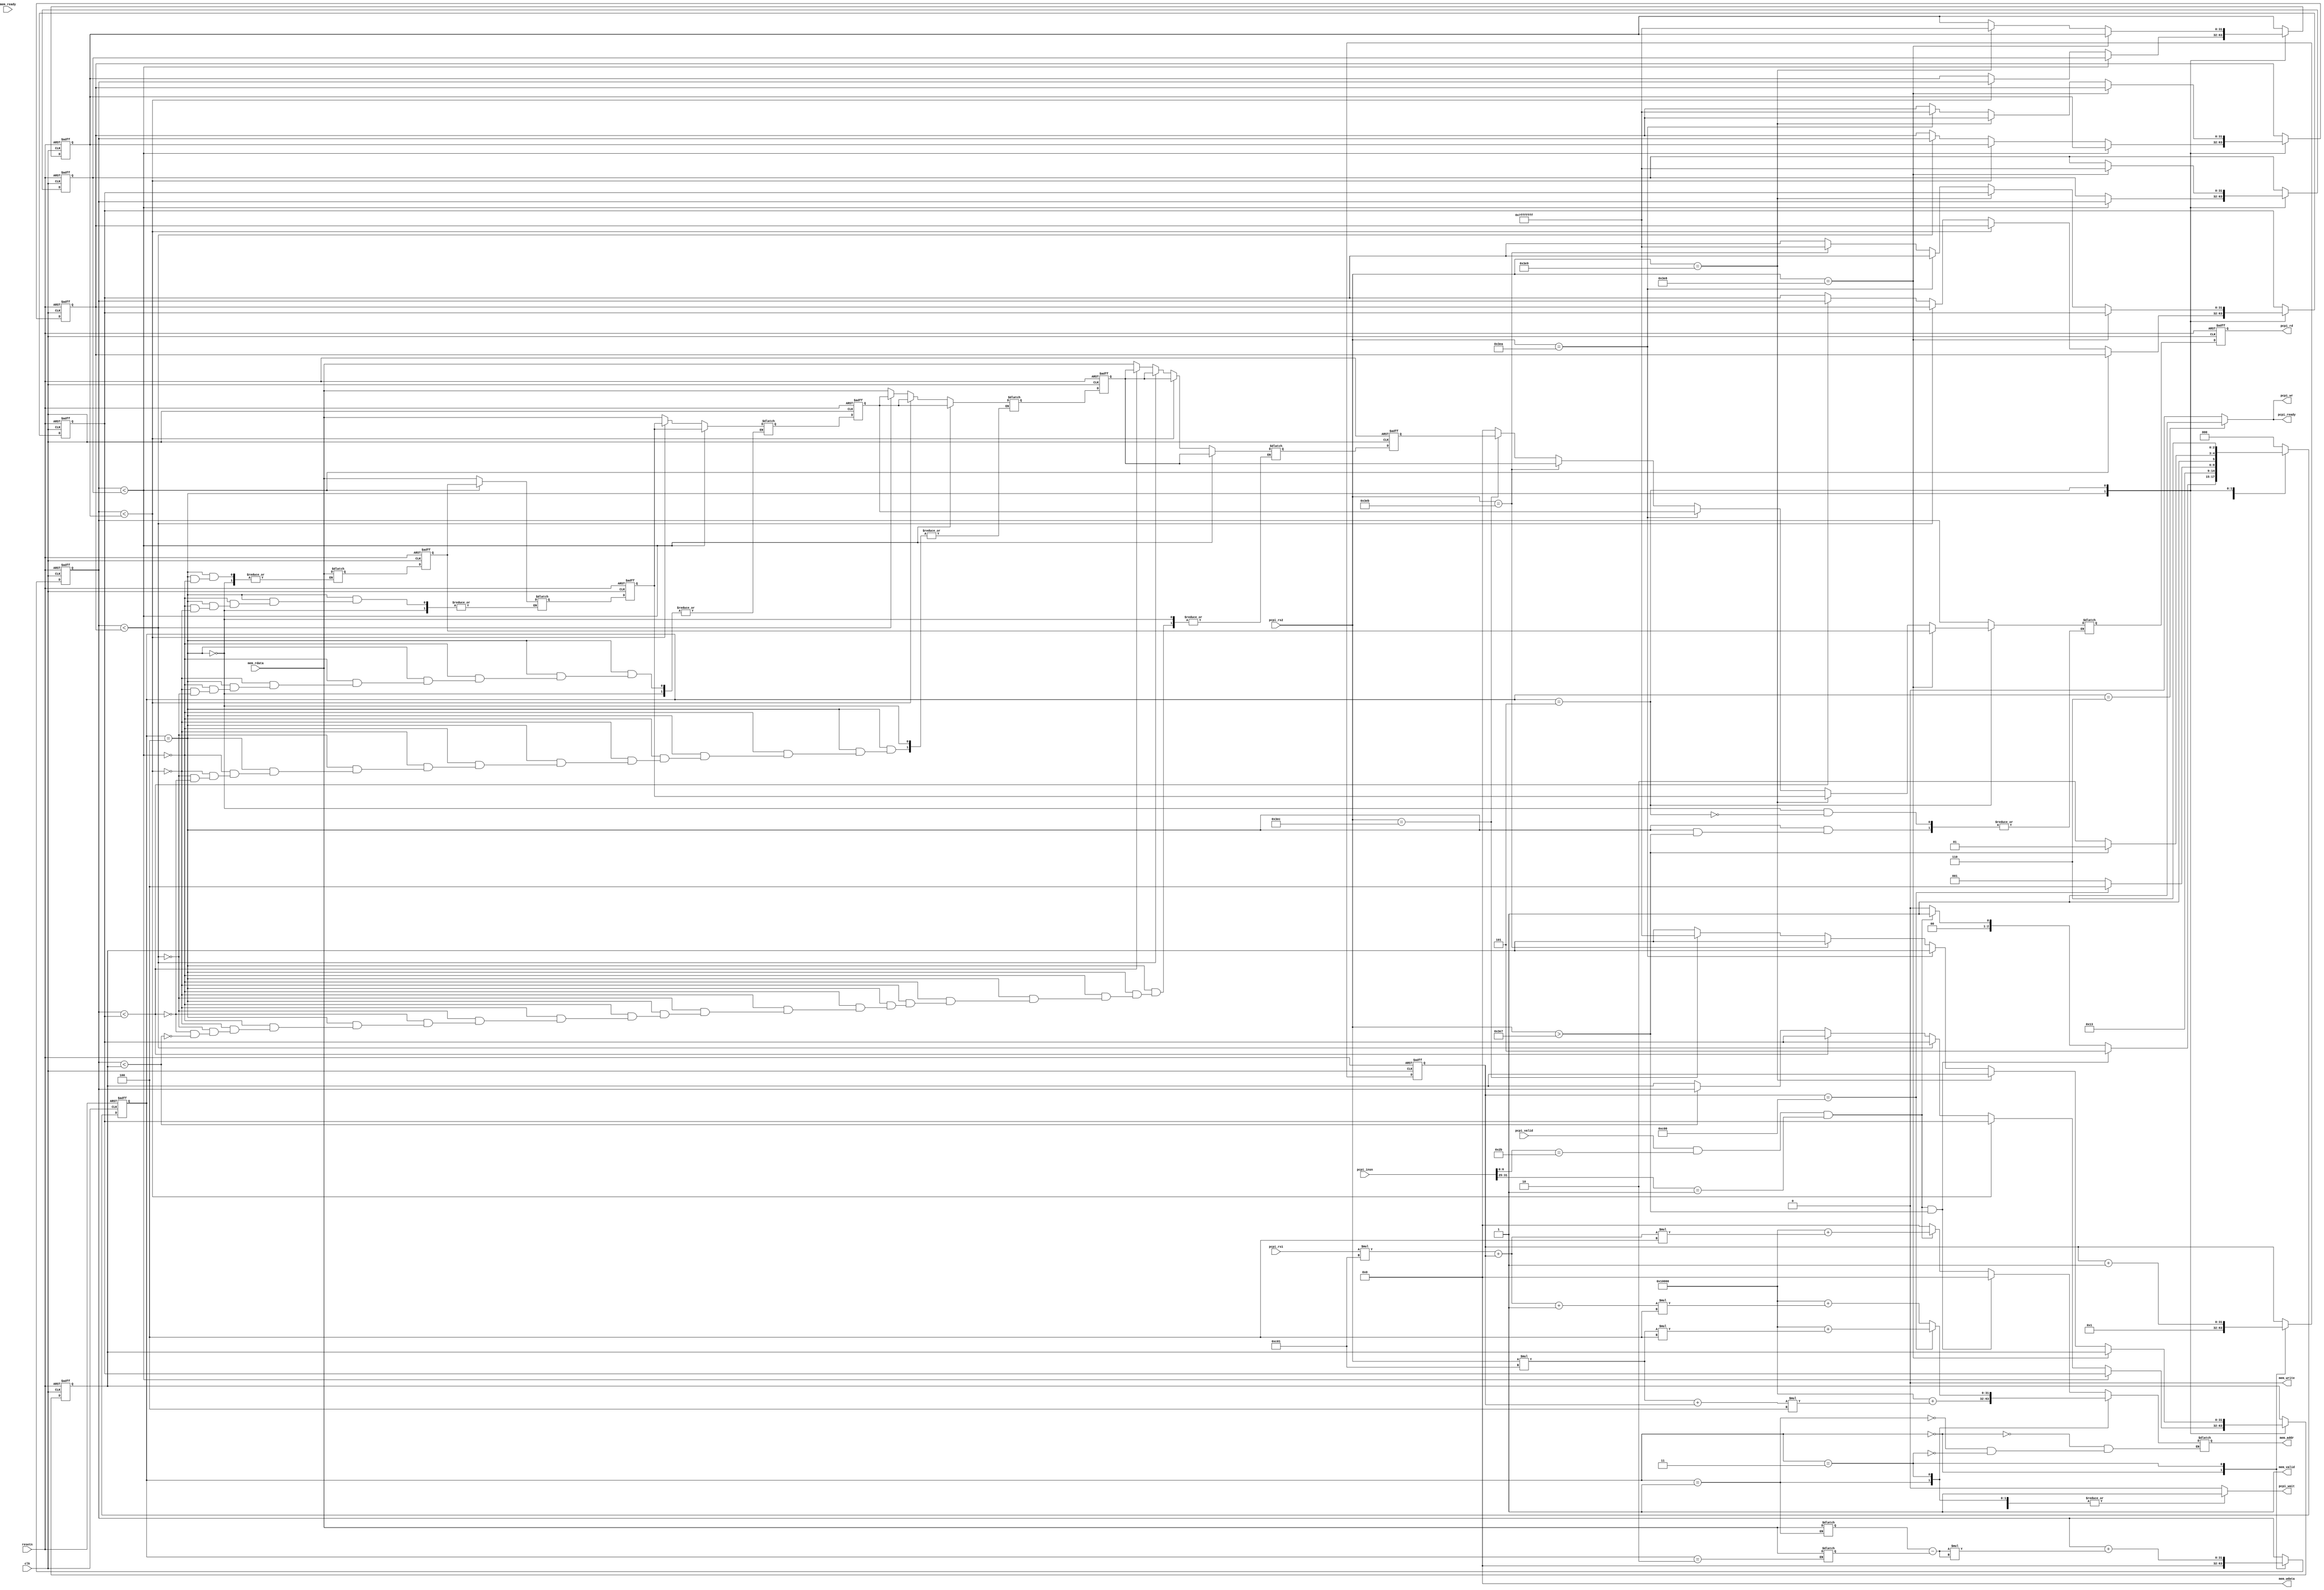
`define K						32'd5
`define MAX_INT                 32'd2147483647
`define DATA_LENGTH             32'd3073
`define NUM_CLASS				32'd10
`define NUM_TEST_IMAGE			32'd50
`define NUM_TRAIN_IMAGE			32'd950
`define IMAGE_OFFSET 			32'h00010000 

`define START 3'b000
`define TEST 3'b001
`define TRAIN 3'b010
`define COMPARE 3'b011
`define CHOOSE_SMALL 3'b100
`define RETRUN 3'b101
`define END 3'b110

module KNN_PCPI(
	input             clk, resetn,
	input             pcpi_valid,
	input      [31:0] pcpi_insn,
	input      [31:0] pcpi_rs1,
	input      [31:0] pcpi_rs2,
	output reg           pcpi_wr,
	output reg    [31:0] pcpi_rd,
	output reg           pcpi_wait,
	output reg           pcpi_ready,
	//memory interface
	input      [31:0] mem_rdata,
	input             mem_ready,
	output            mem_valid,
	output            mem_write,
	output reg    [31:0] mem_addr,
	output        [31:0] mem_wdata
);


	wire pcpi_insn_valid = pcpi_valid && pcpi_insn[6:0] == 7'b0101011 && pcpi_insn[31:25] == 7'b0000001;

	//TODO: PCPI interface. Modify these values to fit your needs
	/*
	assign pcpi_wr = 1;
	assign pcpi_wait = 0;
	assign pcpi_ready = pcpi_insn_valid;
	assign pcpi_rd = 0;
	*/
	//TODO: Memory interface. Modify these values to fit your needs
	assign mem_write = 0;
	assign mem_valid = 1;
	//assign mem_addr = 0;
	assign mem_wdata = 0;
	
	//TODO: Implement your k-NN design below
	
	reg [2:0] state, next_state;
	reg [31:0] step, next_step;
	reg [31:0] text_pixel, train_pixel, distance, next_distance;

/*	
	always@(posedge clk or negedge resetn) begin
		if(~resetn) begin
			state <= `START;
			step <= 32'd1;
			pcpi_rd <= 32'd0;
		end
		else begin
			state <= next_state;
			step <= next_step;
			pcpi_rd <= distance;
		end
	end

	always@* begin
		next_state = `START;
		pcpi_wait = 1'b0;
		pcpi_wr = 1'b0;
		pcpi_ready = 1'b0;
		next_step = step;
		distance = distance;
		
		
		case(state)
			`START : begin
				pcpi_wait = 1'b0;
				pcpi_wr = 1'b0;
				pcpi_ready = 1'b0;
				mem_addr = 32'd0;
				
				distance = 32'd0;
				next_step = 1'b1;
				//$display("	START.");
				if(pcpi_insn_valid) begin
					next_state = `TEST;
					mem_addr = `IMAGE_OFFSET + ((pcpi_rs1 * `DATA_LENGTH) + step) * 4;
				end
				else begin
					next_state = `START;
				end
			end
			`TEST : begin
				//$display("	TEST.");
				pcpi_wait = 1'b1;
				pcpi_wr = 1'b0;
				pcpi_ready = 1'b0;
				
				mem_addr = `IMAGE_OFFSET + ((pcpi_rs2 * `DATA_LENGTH) + step) * 4;
				text_pixel = mem_rdata;
				next_state = `TRAIN;
			end
			`TRAIN : begin
				//$display("	TRAIN");
				pcpi_wait = 1'b1;
				pcpi_wr = 1'b0;
				pcpi_ready = 1'b0;
				
				train_pixel = mem_rdata;
				next_state = `COMPARE;
			end
			`COMPARE : begin
				//$display("	COMPARE");
				pcpi_wait = 1'b1;
				pcpi_wr = 1'b0;
				pcpi_ready = 1'b0;
				distance = distance + (text_pixel - train_pixel) * (text_pixel - train_pixel);
				next_step = step + 1'b1;
				
				if(step == 3072) begin
					pcpi_wait = 1'b0;
					next_state = `END;
				end
				else begin
					next_state = `TEST;
					mem_addr = `IMAGE_OFFSET + ((pcpi_rs1 * `DATA_LENGTH) + step + 1) * 4;
				end
			end
			`END : begin
				//$display("	END.");
				//$display("TRAIN_IG = %d, step = %d, distance = %d", pcpi_rs2, step, distance);
				pcpi_wait = 1'b0;
				pcpi_wr = 1'b1;
				pcpi_ready = 1'b1;
				next_state = `START;
			end
		endcase
	end
*/

	reg [31:0] smallest_dis[4:0], next_smallest_dis[4:0], max_count;
	reg [31:0] smallest_label[4:0], next_smallest_label[4:0], max_label, lable, return_value;
	
	always@(posedge clk or negedge resetn) begin
		if(~resetn) begin
			state <= `START;
			step <= 32'd1;
			pcpi_rd <= 32'd0;
			distance <= 32'd0;
			smallest_dis[0] <= `MAX_INT;
			smallest_dis[1] <= `MAX_INT;
			smallest_dis[2] <= `MAX_INT;
			smallest_dis[3] <= `MAX_INT;
			smallest_dis[4] <= `MAX_INT;
			smallest_label[0] <= 32'd0;
			smallest_label[1] <= 32'd0;
			smallest_label[2] <= 32'd0;
			smallest_label[3] <= 32'd0;
			smallest_label[4] <= 32'd0;
		end
		else begin
			state <= next_state;
			step <= next_step;
			pcpi_rd <= return_value;
			distance <= next_distance;
			smallest_dis[0] <= next_smallest_dis[0];
			smallest_dis[1] <= next_smallest_dis[1];
			smallest_dis[2] <= next_smallest_dis[2];
			smallest_dis[3] <= next_smallest_dis[3];
			smallest_dis[4] <= next_smallest_dis[4];
			smallest_label[0] <= next_smallest_label[0];
			smallest_label[1] <= next_smallest_label[1];
			smallest_label[2] <= next_smallest_label[2];
			smallest_label[3] <= next_smallest_label[3];
			smallest_label[4] <= next_smallest_label[4];
		end
	end
	
	always@* begin
		next_state = `START;
		
		pcpi_wait = 1'b0;
		pcpi_wr = 1'b0;
		pcpi_ready = 1'b0;
		
		next_step = step;
		next_distance = distance;
		max_label = max_label;
		
		next_smallest_dis[0] = smallest_dis[0];
		next_smallest_dis[1] = smallest_dis[1];
		next_smallest_dis[2] = smallest_dis[2];
		next_smallest_dis[3] = smallest_dis[3];
		next_smallest_dis[4] = smallest_dis[4];
		case(state)
			`START : begin
				pcpi_wait = 1'b0;
				pcpi_wr = 1'b0;
				pcpi_ready = 1'b0;
				mem_addr = 32'd0;
				
				next_distance = 32'd0;
				next_step = 1'b1;
				
				
				if(pcpi_insn_valid && (pcpi_rs2 > 999)) begin
					next_state = `RETRUN;
				end
				else if(pcpi_insn_valid) begin
					next_state = `TEST;
					mem_addr = `IMAGE_OFFSET + ((pcpi_rs1 * `DATA_LENGTH) + step) * 4;
				end
				else begin
					next_state = `START;
				end
			end
			`TEST : begin
				
				pcpi_wait = 1'b1;
				pcpi_wr = 1'b0;
				pcpi_ready = 1'b0;
				
				mem_addr = `IMAGE_OFFSET + ((pcpi_rs2 * `DATA_LENGTH) + step) * 4;
				text_pixel = mem_rdata;
				next_state = `TRAIN;
			end
			`TRAIN : begin
				pcpi_wait = 1'b1;
				pcpi_wr = 1'b0;
				pcpi_ready = 1'b0;
				
				train_pixel = mem_rdata;
				next_state = `COMPARE;
			end
			`COMPARE : begin
				pcpi_wait = 1'b1;
				pcpi_wr = 1'b0;
				pcpi_ready = 1'b0;
				next_distance = distance + (text_pixel - train_pixel) * (text_pixel - train_pixel);
				next_step = step + 1'b1;
				
				if(step == 3072) begin
					
					next_state = `CHOOSE_SMALL;
					mem_addr = `IMAGE_OFFSET + ((pcpi_rs2 * `DATA_LENGTH)) * 4; 
				end
				else begin
					next_state = `TEST;
					mem_addr = `IMAGE_OFFSET + ((pcpi_rs1 * `DATA_LENGTH) + step + 1) * 4;
					
				end
			end
			`CHOOSE_SMALL : begin
				//$display("TRAIN_IG = %d, step = %d, distance = %d", pcpi_rs2, step, distance);
				if(distance < smallest_dis[0]) begin
					next_smallest_dis[0] = distance;
					next_smallest_label[0] = mem_rdata;
					
					next_smallest_label[1] = smallest_label[0];
					next_smallest_label[2] = smallest_label[1];
					next_smallest_label[3] = smallest_label[2];
					next_smallest_label[4] = smallest_label[3];
					
					next_smallest_dis[1] = smallest_dis[0];
					next_smallest_dis[2] = smallest_dis[1];
					next_smallest_dis[3] = smallest_dis[2];
					next_smallest_dis[4] = smallest_dis[3];
					//$display("	next_smallest_dis[0] change %d", distance);
				end
				else if(distance < smallest_dis[1]) begin
					next_smallest_dis[1] = distance;
					next_smallest_label[1] = mem_rdata;
					
					next_smallest_label[2] = smallest_label[1];
					next_smallest_label[3] = smallest_label[2];
					next_smallest_label[4] = smallest_label[3];
					
					next_smallest_dis[2] = smallest_dis[1];
					next_smallest_dis[3] = smallest_dis[2];
					next_smallest_dis[4] = smallest_dis[3];
					//$display("	next_smallest_dis[1] change %d", distance);
				end
				else if(distance < smallest_dis[2]) begin
					next_smallest_dis[2] = distance;
					next_smallest_label[2] = mem_rdata;
					
					next_smallest_label[3] = smallest_label[2];
					next_smallest_label[4] = smallest_label[3];
					
					next_smallest_dis[3] = smallest_dis[2];
					next_smallest_dis[4] = smallest_dis[3];
					//$display("	next_smallest_dis[2] change %d", distance);
				end
				else if(distance < smallest_dis[3]) begin
					next_smallest_dis[3] = distance;
					next_smallest_label[3] = mem_rdata;
					
					next_smallest_label[4] = smallest_label[3];
					
					next_smallest_dis[4] = smallest_dis[3];
					//$display("	next_smallest_dis[3] change %d", distance);
				end
				else if(distance < smallest_dis[4]) begin
					next_smallest_dis[4] = distance;
					next_smallest_label[4] = mem_rdata;
					//$display("	next_smallest_dis[4] change %d", distance);
				end
				
				if(pcpi_rs2 > 999) begin
					next_state = `RETRUN;
				end
				else begin
					next_state = `END;
					return_value = distance;
				end
			end
			`RETRUN : begin
				next_state = `END;
				//$display("	%d", pcpi_rs2);
				if(pcpi_rs2 == 1000) begin
					return_value = smallest_label[0];
					next_smallest_dis[0] = `MAX_INT;
					//$display("	smallest_label[0] = %d", smallest_label[0]);
				end
				else if(pcpi_rs2 == 1001) begin
					return_value = smallest_label[1];
					next_smallest_dis[1] = `MAX_INT;
					//$display("	smallest_label[1] = %d", smallest_label[1]);
				end
				else if(pcpi_rs2 == 1002) begin
					return_value = smallest_label[2];
					next_smallest_dis[2] = `MAX_INT;
					//$display("	smallest_label[2] = %d", smallest_label[2]);
				end
				else if(pcpi_rs2 == 1003) begin
					return_value = smallest_label[3];
					next_smallest_dis[3] = `MAX_INT;
					//$display("	smallest_label[3] = %d", smallest_label[3]);
				end
				else if(pcpi_rs2 == 1004) begin
					return_value = smallest_label[4];
					next_smallest_dis[4] = `MAX_INT;
					//$display("	smallest_label[4] = %d", smallest_label[4]);
				end
				else begin
					return_value = 32'd0;
					//$display("	smallest_label[5]");
				end
			end
			`END : begin
				pcpi_wait = 1'b0;
				pcpi_wr = 1'b1;
				pcpi_ready = 1'b1;
				next_state = `START;
			end
		endcase
	end

endmodule